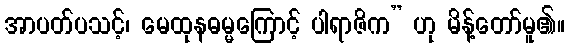
အာပတ်ပသင့်၊ မေထုနဓမ္မကြောင့် ပါရာဇိက” ဟု မိန့်တော်မူ၏။